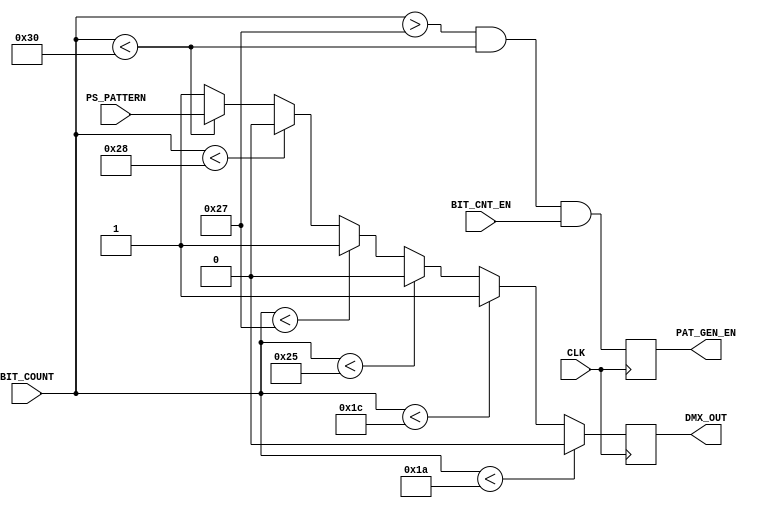
`timescale 1 ns / 1 ns
module FRAME_GEN(CLK, BIT_COUNT, PS_PATTERN, BIT_CNT_EN, PAT_GEN_EN, DMX_OUT);
  input CLK;
  input [5:0] BIT_COUNT;
  input PS_PATTERN;
  input BIT_CNT_EN;
  output PAT_GEN_EN;
  output DMX_OUT;
  reg DMX_OUT;
  reg PAT_GEN_EN;
  
  always @(posedge CLK) begin
    PAT_GEN_EN <= (BIT_COUNT > 39 && BIT_COUNT < 48) && BIT_CNT_EN;
    
    /*DMX 512 Frame generator
    26 bits of Logic 0: Space for Break
    Two bits of Logic 1: Mark after Break
    One start bit: logic 0
    Frame 0: packet is all zeros
    Two stop bits
    One start bit
    Eight bit data packet
    Two stop bits
    Repeat
    */
    if (BIT_COUNT < 26) DMX_OUT <= 1'b0;
    else if (BIT_COUNT < 28) DMX_OUT <= 1'b1;
    else if (BIT_COUNT < 37) DMX_OUT <= 1'b0;
    else if (BIT_COUNT < 39) DMX_OUT <= 1'b1;
    else if (BIT_COUNT < 40) DMX_OUT <= 1'b0;
    else if (BIT_COUNT < 48) DMX_OUT <= PS_PATTERN;
    else DMX_OUT <= 1'b1;
  end
  
endmodule